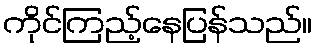
ကိုင်ကြည့်နေပြန်သည်။